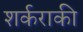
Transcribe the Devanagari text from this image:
शर्कराकी